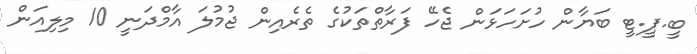
ބީ.ޕީ.ޓީ ބަޔާން ހުށަހަޅަން ޖެހޭ ފަރާތްތަކުގެ ތެރެއިން ޖުމުލަ އާމްދަނީ 10 މިލިއަން